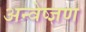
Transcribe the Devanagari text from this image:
अन्वेष्ज्ञण